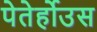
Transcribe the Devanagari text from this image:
पेतेर्होउस